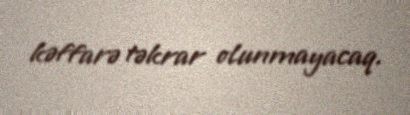
kəffarə təkrar olunmayacaq.